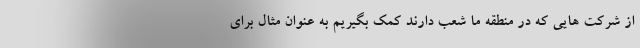
از شرکت هایی که در منطقه ما شعب دارند کمک بگیریم به عنوان مثال برای